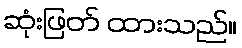
ဆုံးဖြတ် ထားသည်။